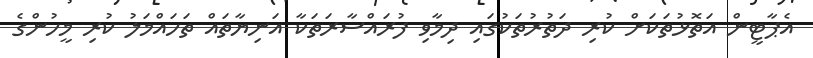
އެޕާޓީން އަތޮޅުތަކަށް ކުރި ދަތުރުތަކުގައި ދިމާވި ފުރައްސާރަތަކާ އަނިޔާތައް ތަހައްމަލު ކުރި މީހުންގެ